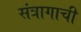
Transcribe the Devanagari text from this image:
संत्रागाची